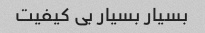
بسیار بسیار بی کیفیت